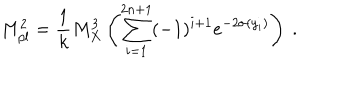
M _ { p l } ^ { 2 } = { \frac { 1 } { k } } M _ { X } ^ { 3 } \left( \sum _ { i = 1 } ^ { 2 n + 1 } ( - 1 ) ^ { i + 1 } e ^ { - 2 \sigma ( y _ { i } ) } \right) ~ . ~ \,